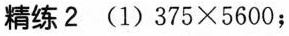
精练2 (1) $$3 7 5 \times 5 6 0 0$$；